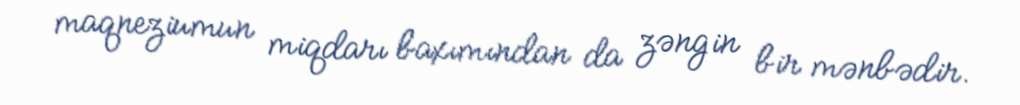
maqneziumun miqdarı baxımından da zəngin bir mənbədir.